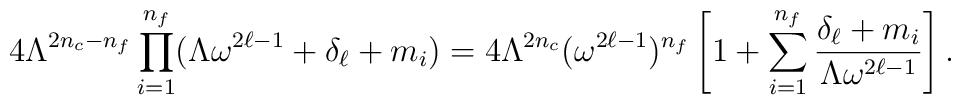
4 \Lambda^{2n_{c}-n_{f}} \prod_{i=1}^{n_{f}}                (\Lambda \omega^{2\ell-1} + \delta_{\ell} + m_{i})        = 4 \Lambda^{2n_{c}} (\omega^{2\ell-1})^{n_{f}}        \left[ 1 + \sum_{i=1}^{n_{f}}                \frac{\delta_{\ell} + m_{i}}{\Lambda \omega^{2\ell-1}} \right].